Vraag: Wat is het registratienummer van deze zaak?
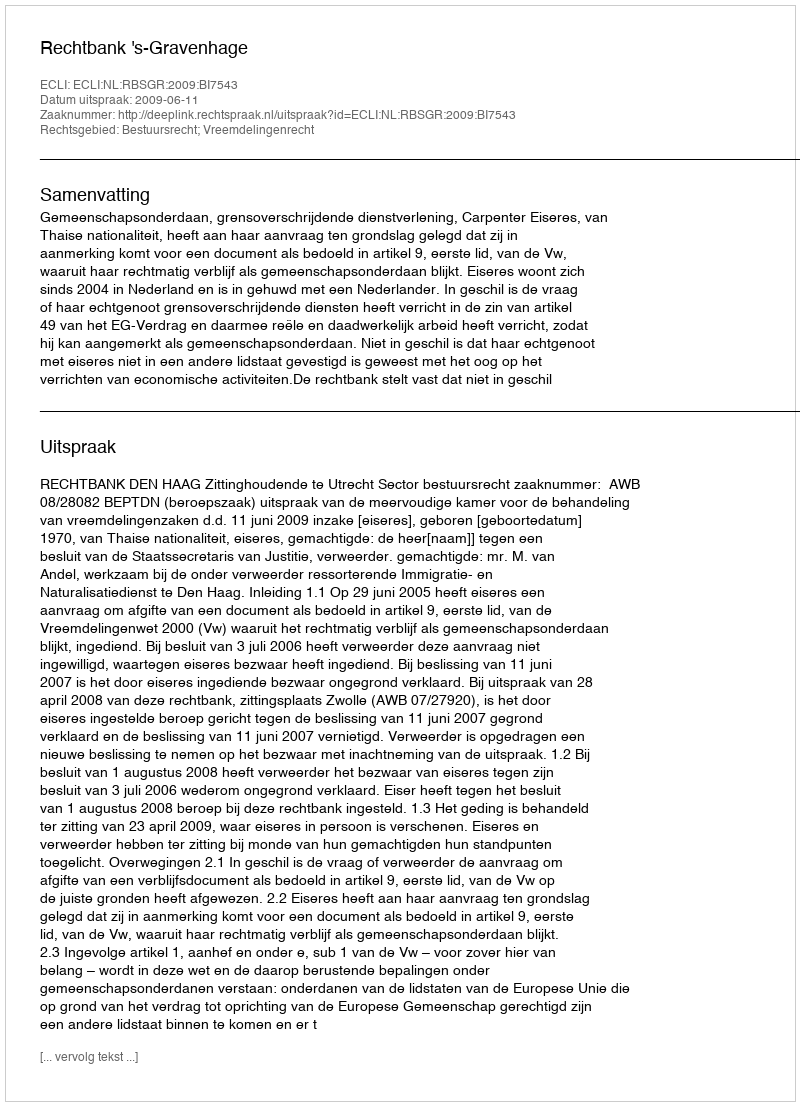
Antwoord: http://deeplink.rechtspraak.nl/uitspraak?id=ECLI:NL:RBSGR:2009:BI7543